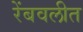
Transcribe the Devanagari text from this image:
रेंबवलीत